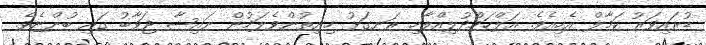
ޑުރައިވަރު ކަމާލް އެހިއެވެ. އަލްހަމްދުލިއްލާހި ރަނގަޅު ހިނިތުންވެލަމުން ނައިޝާ ޖަވާބު ގައި ބުންޏެވެ.